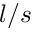
l / s